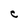
Character: C